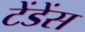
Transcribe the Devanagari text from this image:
टेंडेंस